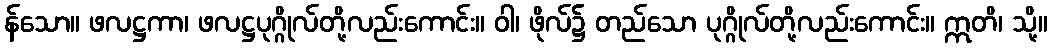
န်သော။ ဖလဋ္ဌကာ၊ ဖလဋ္ဌပုဂ္ဂိုလ်တို့လည်းကောင်း။ ဝါ၊ ဖိုလ်၌ တည်သော ပုဂ္ဂိုလ်တို့လည်းကောင်း။ ဣတိ၊ သို့။